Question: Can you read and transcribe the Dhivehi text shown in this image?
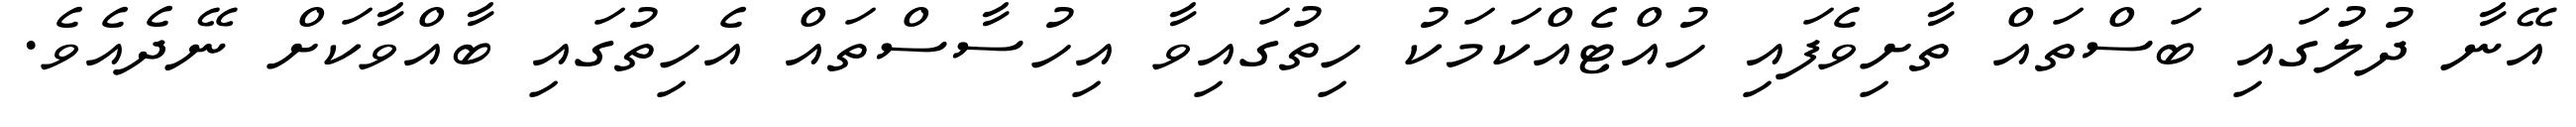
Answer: އޭނާ ދުލުގައި ބަސްތައް ތާށިވެފައި ހުއްޓެއްކަމަކު ހިތުގައިވާ އިހުސާސްތައް އެހިތުގައި ބާއްވާކަށް ނޭދެއެވެ.